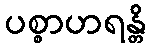
ပစ္စာဟရန္တိ